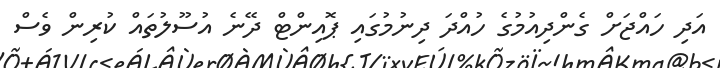
އަދި ހައްޖަށް ގެންދިއުމުގެ ހުއްދަ ދިނުމުގައި ޕޮއިންޓް ދޭނެ އުސޫލުތައް ކުރިން ވެސް